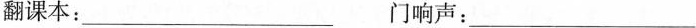
翻课本：___ 门响声：___